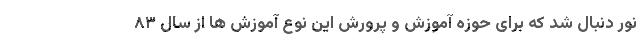
نور دنبال شد که برای حوزه آموزش و پرورش این نوع آموزش ها از سال ۸۳